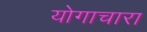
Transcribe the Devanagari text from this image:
योगाचारा